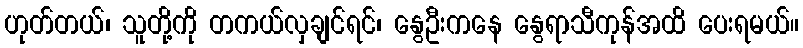
ဟုတ်တယ်၊ သူတို့ကို တကယ်လှချင်ရင်၊ နွေဦးကနေ နွေရာသီကုန်အထိ ပေးရမယ်။